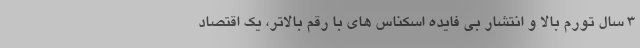
3 سال تورم بالا و انتشار بی فایده اسکناس های با رقم بالاتر، یک اقتصاد